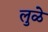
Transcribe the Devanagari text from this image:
लुळे